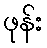
ဖုန်း